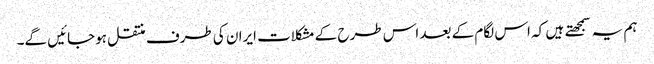
ہم یہ سمجهتے ہیں کہ اس لگام کے بعد اس طرح کے مشکلات ایران کی طرف منتقل ہوجائیں گے۔